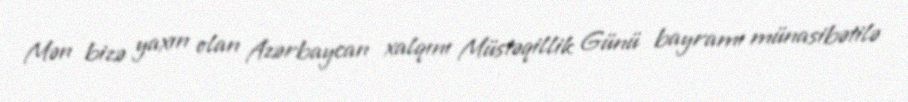
Mən bizə yaxın olan Azərbaycan xalqını Müstəqillik Günü bayramı münasibətilə